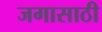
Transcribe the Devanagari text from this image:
जगासाठी